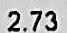
2.73